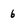
Character: 6